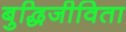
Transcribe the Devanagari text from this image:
बुद्धिजीविता